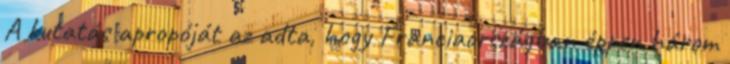
A kutatás apropóját az adta, hogy Franciaországban éppen három